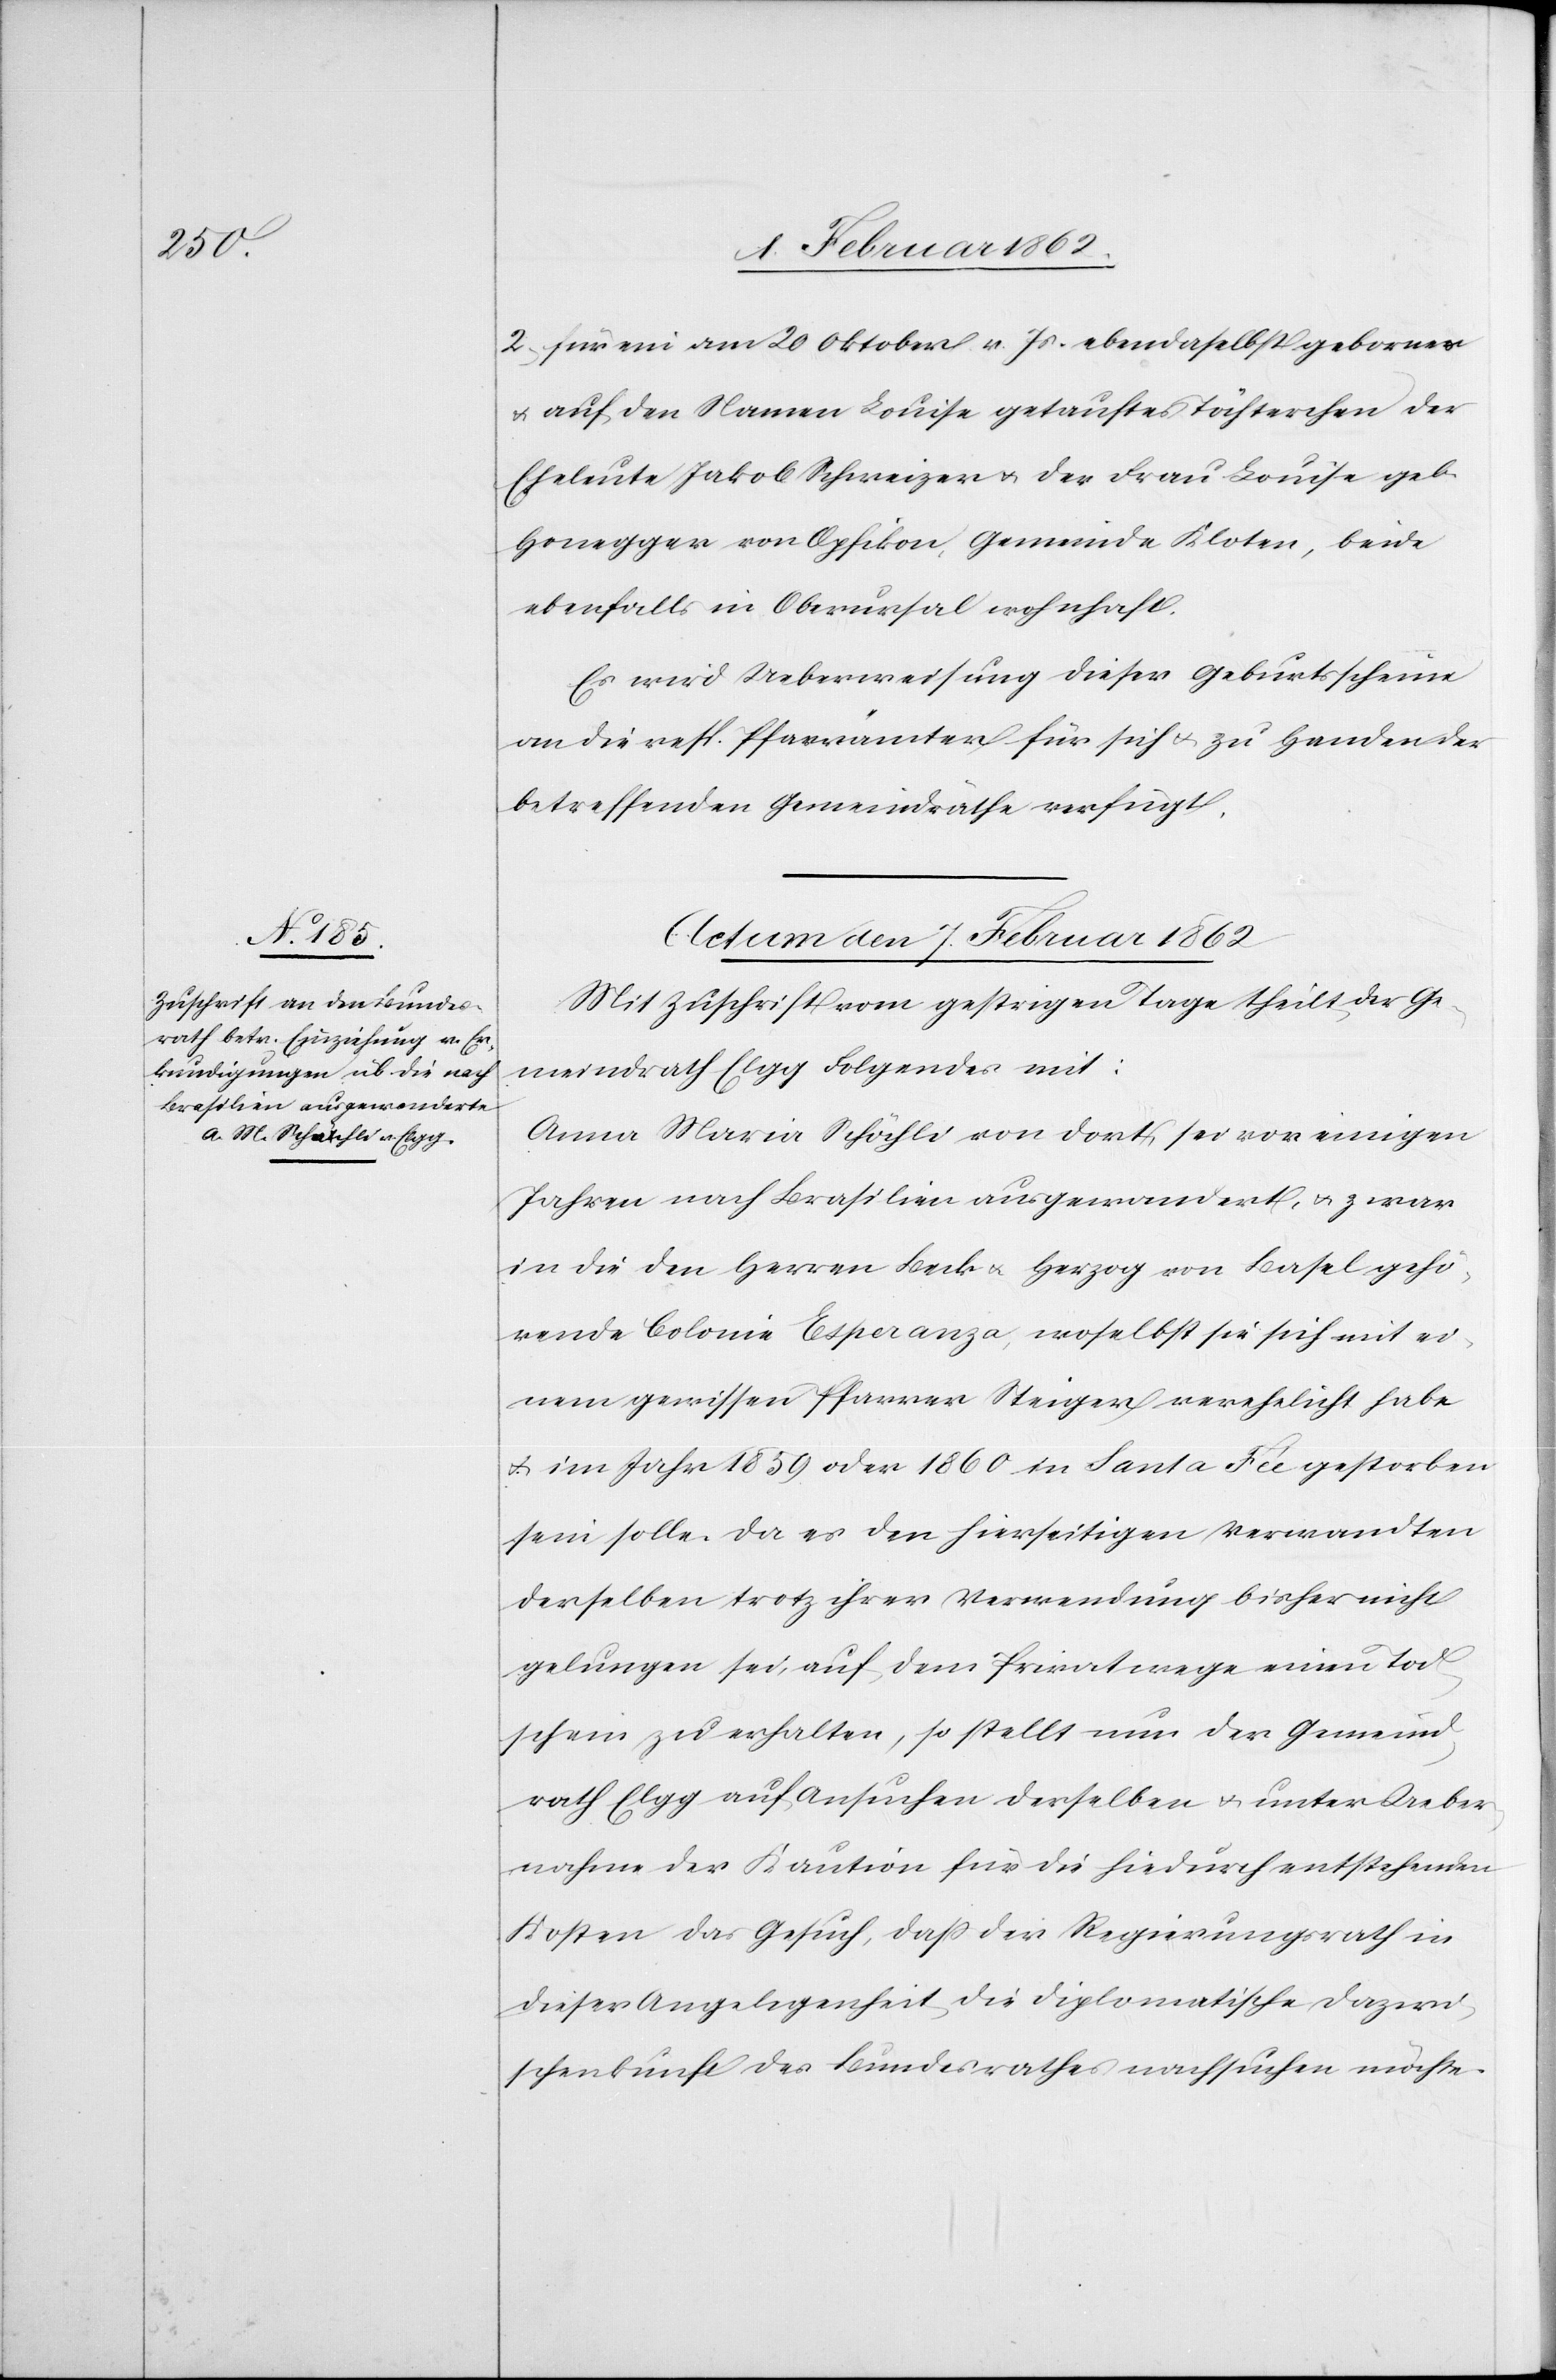
2) für ein am 20 Oktober v. Js. ebendaselbst gebornes
u. auf den Namen Louise getauftes Töchterchen der
Eheleute Jakob Schweizer u. der Frau Louise geb.
Honegger von Opfikon, Gemeinde Kloten, beide
ebenfalls in Oberursal wohnhaft.
Es wird Ueberweisung dieser Geburtsscheine
an die resp. Pfarrämter für sich u. zu Handen der
betreffenden Gemeindräthe verfügt.
Actum den 7. Februar 1862
Mit Zuschrift vom gestrigen Tage theilt der Ge¬
meindrath Elgg Folgendes mit:
Anna Maria Schöchli von dort sei vor einigen
Jahren nach Brasilien ausgewandert, u. zwar
in die den Herren Beck u. Herzog von Basel gehö¬
rende Colonie Esperanza, woselbst sie sich mit ei¬
nem gewissen Pfarrer Steiger verehelicht habe
u. im Jahre 1859 oder 1860 in Santa Fée gestorben
sein solle. Da es den hierseitigen Verwandten
derselben trotz ihrer Verwendung bisher nicht
gelungen sei, auf dem Privatwege einen Tod¬
schein zu erhalten, so stellt nun der Gemeind¬
rath Elgg auf Ansuchen derselben u. unter Ueber¬
nahme der Kaution für die hiedurch entstehenden
Kosten das Gesuch, daß der Regierungsrath in
dieser Angelegenheit die diplomatische Dazwi¬
schenkunft des Bundesrathes nachsuchen möchte.